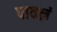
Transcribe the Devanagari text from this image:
पावलं